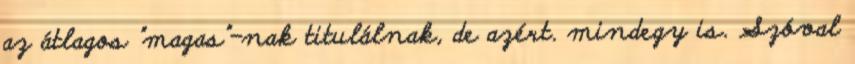
az átlagos "magas"-nak titulálnak, de azért. mindegy is. Szóval